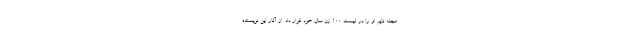
مجله تایم او را در لیست ۱۰۰ زن سال خود قرار داد. از آثار این نویسنده